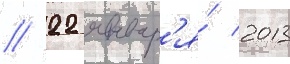
// 22 январ'я́ 2013